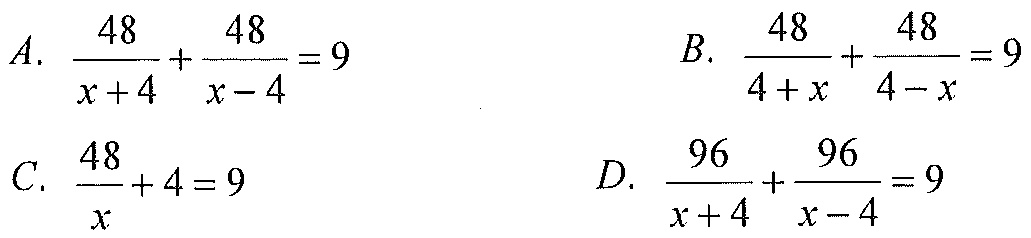
\[
\begin{align*}
A.&\ \frac{48}{x + 4}+\frac{48}{x - 4}=9\\
B.&\ \frac{48}{4 + x}+\frac{48}{4 - x}=9\\
C.&\ \frac{48}{x}+4 = 9\\
D.&\ \frac{96}{x + 4}+\frac{96}{x - 4}=9
\end{align*}
\]